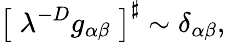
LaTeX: \left[\; \lambda^{-D}g_{\alpha\beta}\; \right]^{\sharp}\sim\delta_{\alpha\beta},